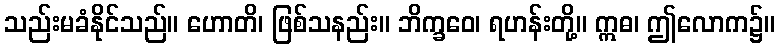
သည်းမခံနိုင်သည်။ ဟောတိ၊ ဖြစ်သနည်း။ ဘိက္ခဝေ၊ ရဟန်းတို့။ ဣဓ၊ ဤလောက၌။